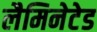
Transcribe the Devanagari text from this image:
लैमिनेटेड